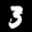
Label: 3